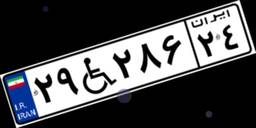
۲۹W۲۸۶۲۴